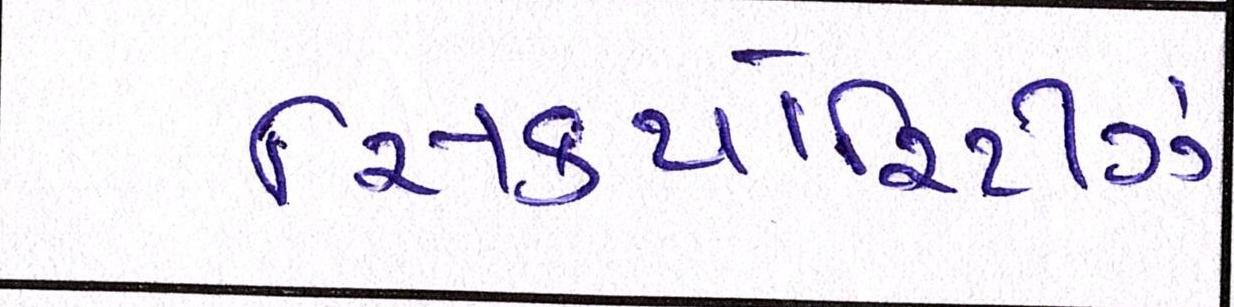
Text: સિક્યોરિટીઝ